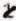
1